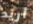
أريد